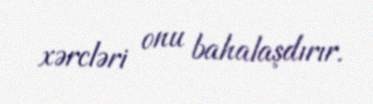
xərcləri onu bahalaşdırır.